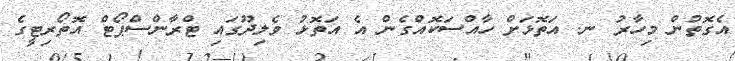
އެގޮތުން މިހާރު ނ. އަތޮޅަށް ހާއްސަކޮއްގެން އެ އަތޮޅު ވެލިދޫގައި ޓްރާންސްޕޯޓް އޮތޯރިޓީގެ